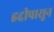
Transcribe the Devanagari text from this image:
हद्दीपासून